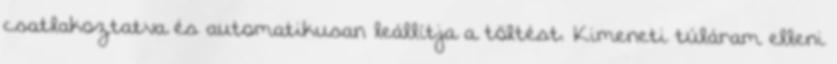
csatlakoztatva és automatikusan leállítja a töltést. Kimeneti túláram elleni